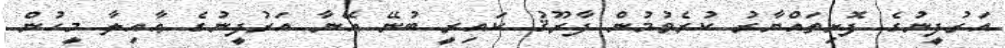
އަރުފީނުގެ ފޮށިތައްޔާރު ކުރެވުމުން ފާރޫޤު ކައިރީ ބުނޭ އޭނާ އަރުފީނުގެ ޢާއިލާ މީހުން